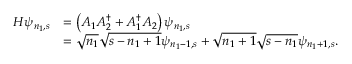
\begin{array} { r l } { H \psi _ { n _ { 1 } , s } } & { = \left( A _ { 1 } A _ { 2 } ^ { \dagger } + A _ { 1 } ^ { \dagger } A _ { 2 } \right) \psi _ { n _ { 1 } , s } } \\ & { = \sqrt { n _ { 1 } } \sqrt { s - n _ { 1 } + 1 } \psi _ { n _ { 1 } - 1 , s } + \sqrt { n _ { 1 } + 1 } \sqrt { s - n _ { 1 } } \psi _ { n _ { 1 } + 1 , s } . } \end{array}